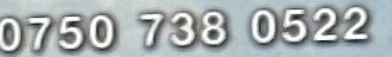
0750 738 0522